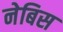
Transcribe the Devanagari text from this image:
नेबिस